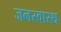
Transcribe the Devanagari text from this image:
जनस्वास्थ